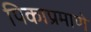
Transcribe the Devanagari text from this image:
पिकाप्रमाणे